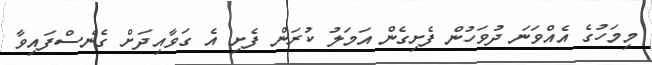
މިމަހުގެ އެއްވަނަ ދުވަހުން ފެށިގެން އަމަލު ކުރަން ފެށި އެ ގަވާއިދަށް ގެނެސްފައިވާ